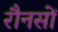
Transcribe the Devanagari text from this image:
रौनसों